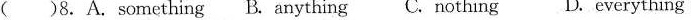
( )8. A.Something B. Anything C. Nothing D. Everything